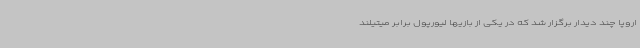
اروپا چند دیدار برگزار شد که در یکی از بازیها لیورپول برابر میتیلند